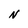
Character: N